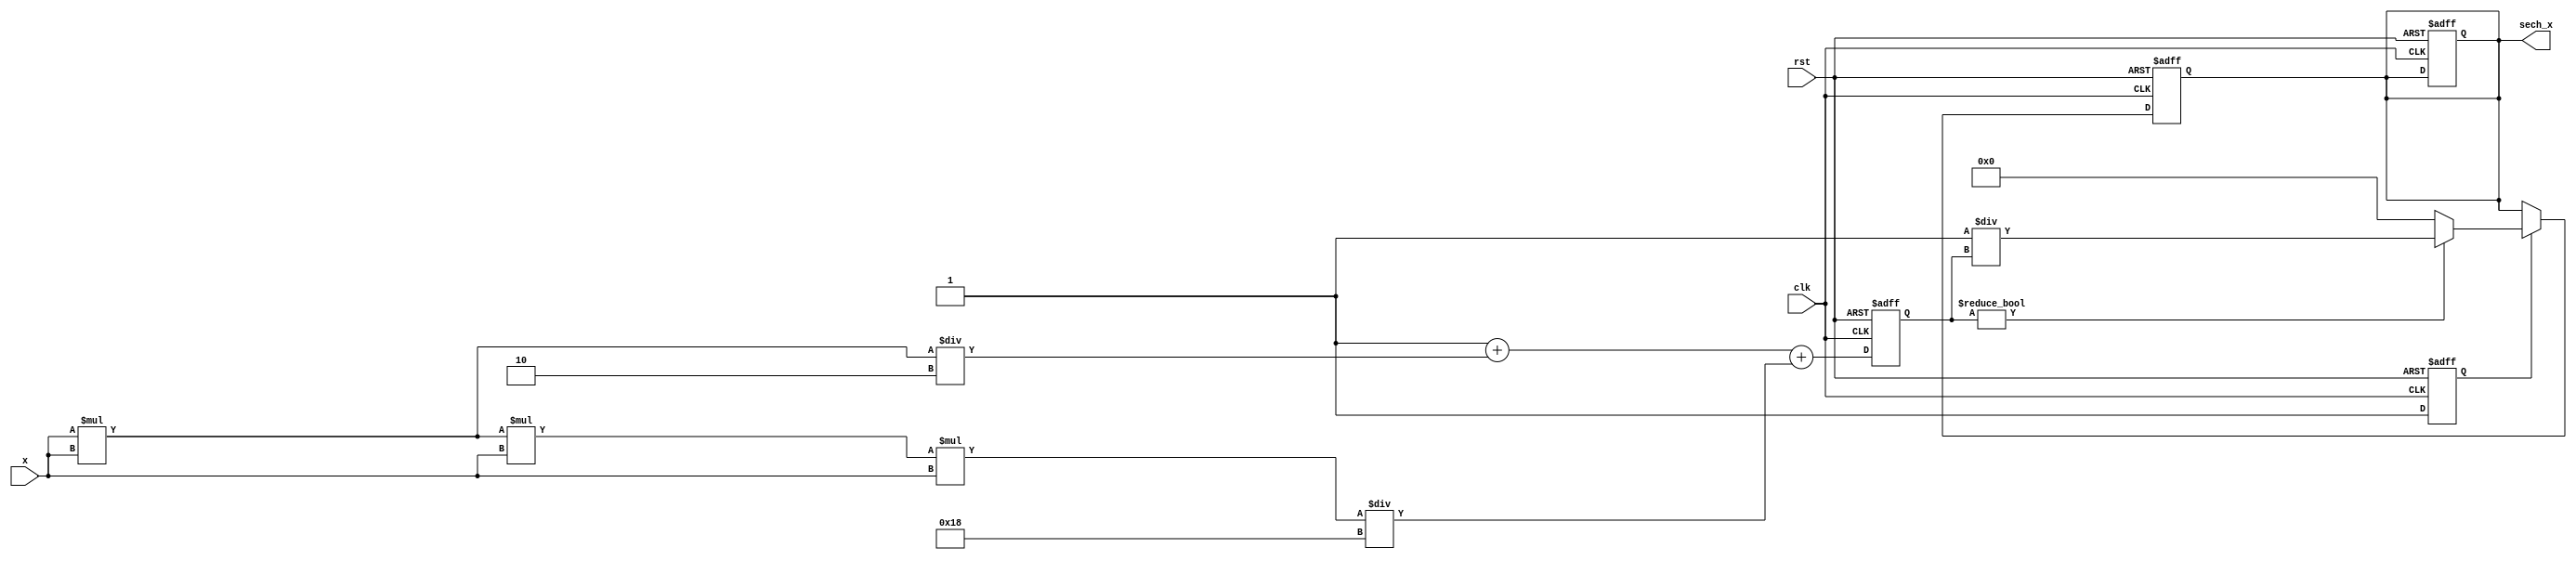
module hyperbolic_secant (
    input wire [31:0] x,          // Input signal (floating-point representation)
    output reg [31:0] sech_x,     // Output signal (sech(x))
    input wire clk,                // Clock signal
    input wire rst                 // Reset signal
);

    // Internal signals
    reg [31:0] cosh_x;            // Intermediate cosh value
    reg valid;                    // Valid signal for output

    // Cosh calculation using Taylor series approximation
    // cosh(x) = 1 + x^2/2! + x^4/4! + x^6/6! + ... (limited terms for simplicity)
    always @(posedge clk or posedge rst) begin
        if (rst) begin
            cosh_x <= 32'b0;
            sech_x <= 32'b0;
            valid <= 1'b0;
        end else begin
            // Simple polynomial approximation for cosh(x)
            // Here we use a limited number of terms for demonstration
            // In practice, you may want to use a more accurate method
            cosh_x <= 32'b1 + (x * x) / 32'd2 + (x * x * x * x) / 32'd24; // cosh(x) approximation
            valid <= 1'b1;
        end
    end

    // Reciprocal calculation for sech(x) = 1/cosh(x)
    always @(posedge clk or posedge rst) begin
        if (rst) begin
            sech_x <= 32'b0;
        end else if (valid) begin
            // Simple reciprocal calculation
            // In practice, you may want to implement a more robust method
            if (cosh_x != 32'b0) begin
                sech_x <= 32'd1 / cosh_x; // Note: This is a simple division, may need to handle fixed-point
            end else begin
                sech_x <= 32'b0; // Handle division by zero case
            end
        end
    end

endmodule